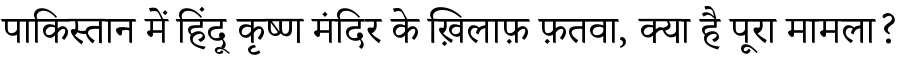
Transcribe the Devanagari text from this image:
पाकिस्तान में हिंदू कृष्ण मंदिर के ख़िलाफ़ फ़तवा, क्या है पूरा मामला?